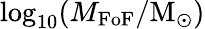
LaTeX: \log_{10}(M_{\mathrm{FoF}}/\mathrm{M}_{\odot})